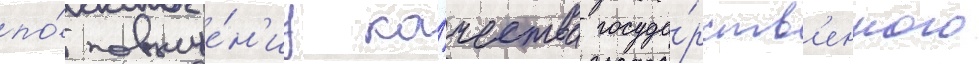
по́ повыше́н'иу ка́чества госуда́рств'енного